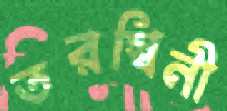
তরস্বিনী